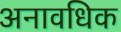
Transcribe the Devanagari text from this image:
अनावधिक